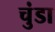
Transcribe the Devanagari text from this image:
चुंडा